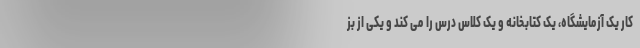
کار یک آزمایشگاه، یک کتابخانه و یک کلاس درس را می کند و یکی از بز